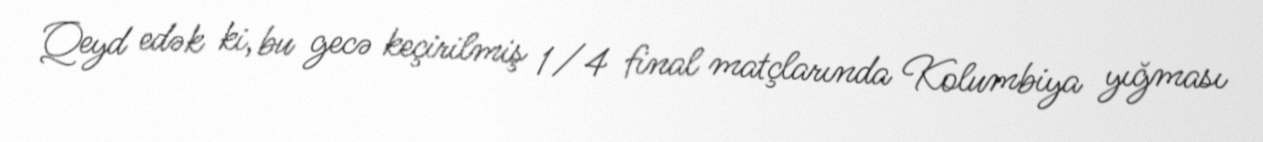
Qeyd edək ki, bu gecə keçirilmiş 1/4 final matçlarında Kolumbiya yığması